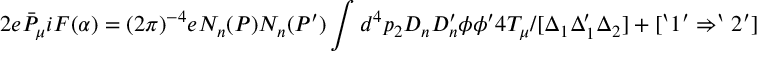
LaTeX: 2 e { \bar { P } } _ { \mu } i F ( \alpha ) = ( 2 \pi ) ^ { - 4 } e N _ { n } ( P ) N _ { n } ( P ^ { \prime } ) \int d ^ { 4 } p _ { 2 } D _ { n } D _ { n } ^ { \prime } \phi \phi ^ { \prime } 4 T _ { \mu } / [ \Delta _ { 1 } \Delta _ { 1 } ^ { \prime } \Delta _ { 2 } ] + [ ` 1 ^ { \prime } \Rightarrow ` 2 ^ { \prime } ]